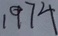
1 9 7 4